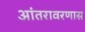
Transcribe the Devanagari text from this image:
आंतरावरणास